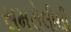
સમરોલીથી